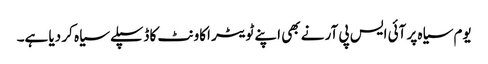
یوم سیاہ پر آئی ایس پی آر نے بھی اپنے ٹویٹر اکاونٹ کا ڈسپلے سیاہ کر دیا ہے۔